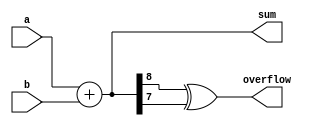
module parameterized_adder #(
    parameter N = 8  // Default bit-width is set to 8
) (
    input  [N-1:0] a,   // N-bit input a
    input  [N-1:0] b,   // N-bit input b
    output reg [N:0] sum, // N+1-bit output sum
    output reg overflow   // Overflow output, if needed
);
    
    // Always block to compute sum and overflow
    always @(*) begin
        sum = a + b; // Perform addition
        overflow = (sum[N] ^ sum[N-1]); // Overflow detection for signed numbers
    end

endmodule